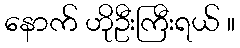
နောက် ဟိုဦးကြီးရယ် ။